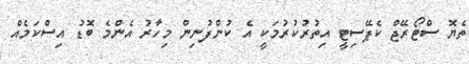
ތެޔޮ ސްޓޯރޭޖް ކެޕޭސިޓީ އިތުރުކުރުމަކީ އެ ކުންފުނިން މިހާރު އެންމެ ބޮޑު އިސްކަމެއް